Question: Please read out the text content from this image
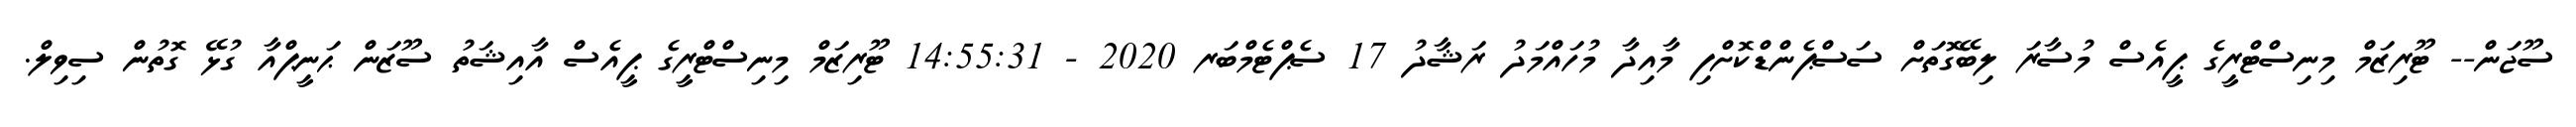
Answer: ސޫޖަން-- ޓޫރިޒަމް މިނިސްޓްރީގެ ޕީއެސް މުސާރަ ލިބޭގޮތަށް ސަސްޕެންޑްކޮށްފި މާއިދާ މުހައްމަދު ރަޝާދު 17 ސެޕްޓެމްބަރ 2020 - 14:55:31 ޓޫރިޒަމް މިނިސްޓްރީގެ ޕީއެސް އާއިޝަތު ސޫޒަން ޙަނީޕްއާ ގުޅޭ ގޮތުން ސިވިލް.